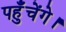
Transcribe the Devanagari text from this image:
पहुँचेंगे।